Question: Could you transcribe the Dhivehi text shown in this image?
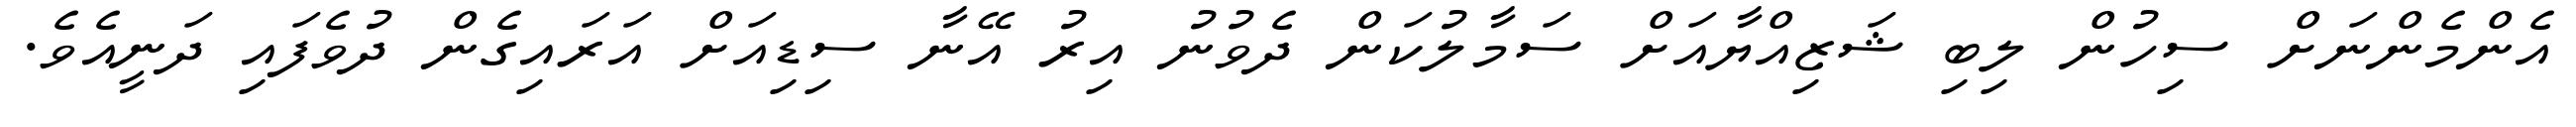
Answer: އެންމެންނަށް ސިހުން ލިބި ޝަޒިއްޔާއަށް ސަމާލުކަން ދެވުނު އިރު އޭނާ ސިޑިއަށް އަރައިގެން ދުވެފައި ދަނީއެވެ.